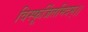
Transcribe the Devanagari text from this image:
विस्फूर्जितमिदम्।।